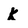
Character: k